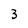
Character: 3